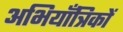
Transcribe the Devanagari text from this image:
अभियाँत्रिकों